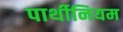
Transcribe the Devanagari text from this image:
पार्थीनियम